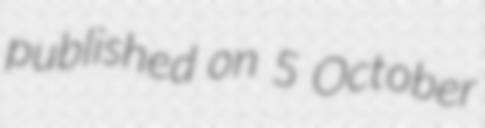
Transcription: published on 5 October